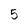
Character: 5